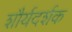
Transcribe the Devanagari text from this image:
शौर्यदर्शक